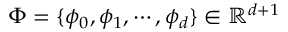
\Phi = \{ \phi _ { 0 } , \phi _ { 1 } , \cdots , \phi _ { d } \} \in \mathbb { R } ^ { d + 1 }